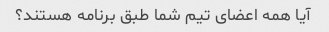
آیا همه اعضای تیم شما طبق برنامه هستند؟